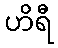
ဟိရီ